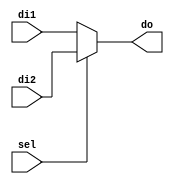
`timescale 1ns / 1ps
//////////////////////////////////////////////////////////////////////////////////
// Company: 
// Engineer: 
// 
// Design Name: 
// Module Name: mux2_1
// Project Name: 
// Target Devices: 
// Tool Versions: 
// Description: 
// 
// Dependencies: 
// 
// Revision:
// Revision 0.01 - File Created
// Additional Comments:
// 
//////////////////////////////////////////////////////////////////////////////////


module mux2_1 #(parameter n=32)(input [n-1:0] di1,input [n-1:0] di2,input sel,output [n-1:0] do);
assign do=(sel==1'b0)?di1:di2;
endmodule